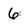
Character: 6